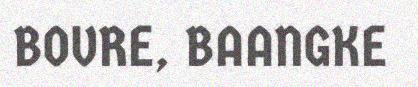
BOVRE, BAANGKE